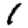
Digit: 1